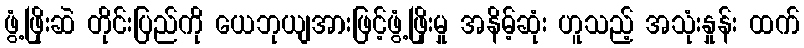
ဖွံ့ဖြိုးဆဲ တိုင်းပြည်ကို ယေဘုယျအားဖြင့်ဖွံ့ဖြိုးမှု အနိမ့်ဆုံး ဟူသည့် အသုံးနှုန်း ထက်